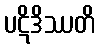
ပဋိဒိဿတိ